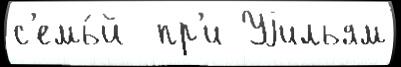
с'емь́й  пр'и Уjильям